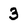
Character: 3